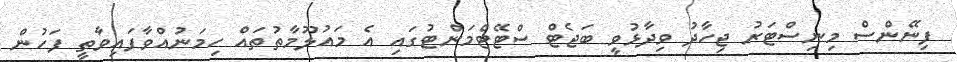
ފިނޭންސް މިނިސްޓަރު ޖިހާދު ވިދާޅުވީ ބަޖެޓް ސްޓޭޓްމަންޓުގައި އެ މައުލޫމާތުތައް ހިމަނުއްވާފައިވާތީ ފަހުން